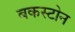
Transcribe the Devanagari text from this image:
बकस्टोन